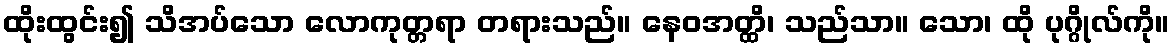
ထိုးထွင်း၍ သိအပ်သော လောကုတ္တရာ တရားသည်။ နေဝအတ္ထိ၊ သည်သာ။ သော၊ ထို ပုဂ္ဂိုလ်ကို။